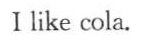
I like cola.